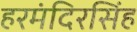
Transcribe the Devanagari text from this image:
हरमंदिरसिंह